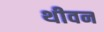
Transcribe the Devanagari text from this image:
थीवन